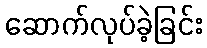
ဆောက်လုပ်ခဲ့ခြင်း